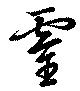
霊